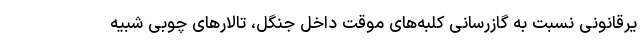
یرقانونی نسبت به گازرسانی کلبه‌های موقت داخل جنگل، تالارهای چوبی شبیه